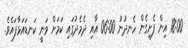
18:00 އިން ފެށިގެން ހެނދުނު 06:00 އާއި ދެމެދުގައި ކަމަށް ވަނީ ކަނޑައަޅާފައެވެ.